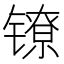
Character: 镣